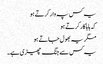
یہ کس پہ وار کرتے ہو
کہ ہاہاکار کرتے ہو
مگر یہ بھول جاتے ہو
یہ کس سے جنگ چھیڑی ہے۔